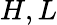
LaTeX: H,L